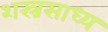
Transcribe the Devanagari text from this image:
शस्त्रसाध्य